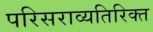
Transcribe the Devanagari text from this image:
परिसराव्यतिरिक्त